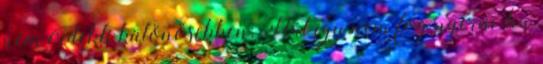
nem érdekli különösebben: Hát így nem fog nyerni, ha